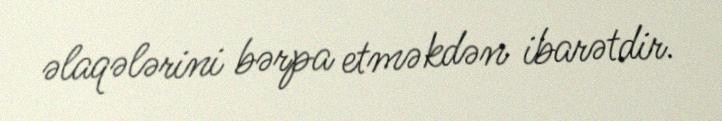
əlaqələrini bərpa etməkdən ibarətdir.